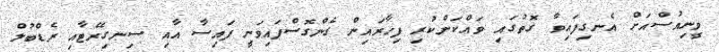
ވީނިއުސްއަށް އެނގިފައިވާ ގޮތުގައި ވައްކަންކުރި ފިހާރައިން ގެންގޮސްފައިވަނީ ފައިސާ އާއި ސިނގިރޭޓާއި ރެޑްބުލް